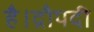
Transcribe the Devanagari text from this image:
है।द्रौपदी